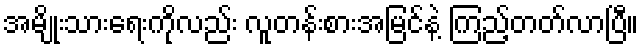
အမျိုးသားရေးကိုလည်း လူတန်းစားအမြင်နဲ့ ကြည့်တတ်လာပြီ။